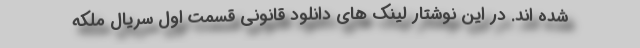
شده اند. در این نوشتار لینک های دانلود قانونی قسمت اول سریال ملکه